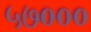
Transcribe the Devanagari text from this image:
५७०००